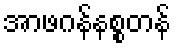
အာဖဂန်နစ္စတန်